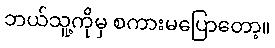
ဘယ်သူ့ကိုမှ စကားမပြောတော့။